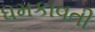
ધમકાવતી